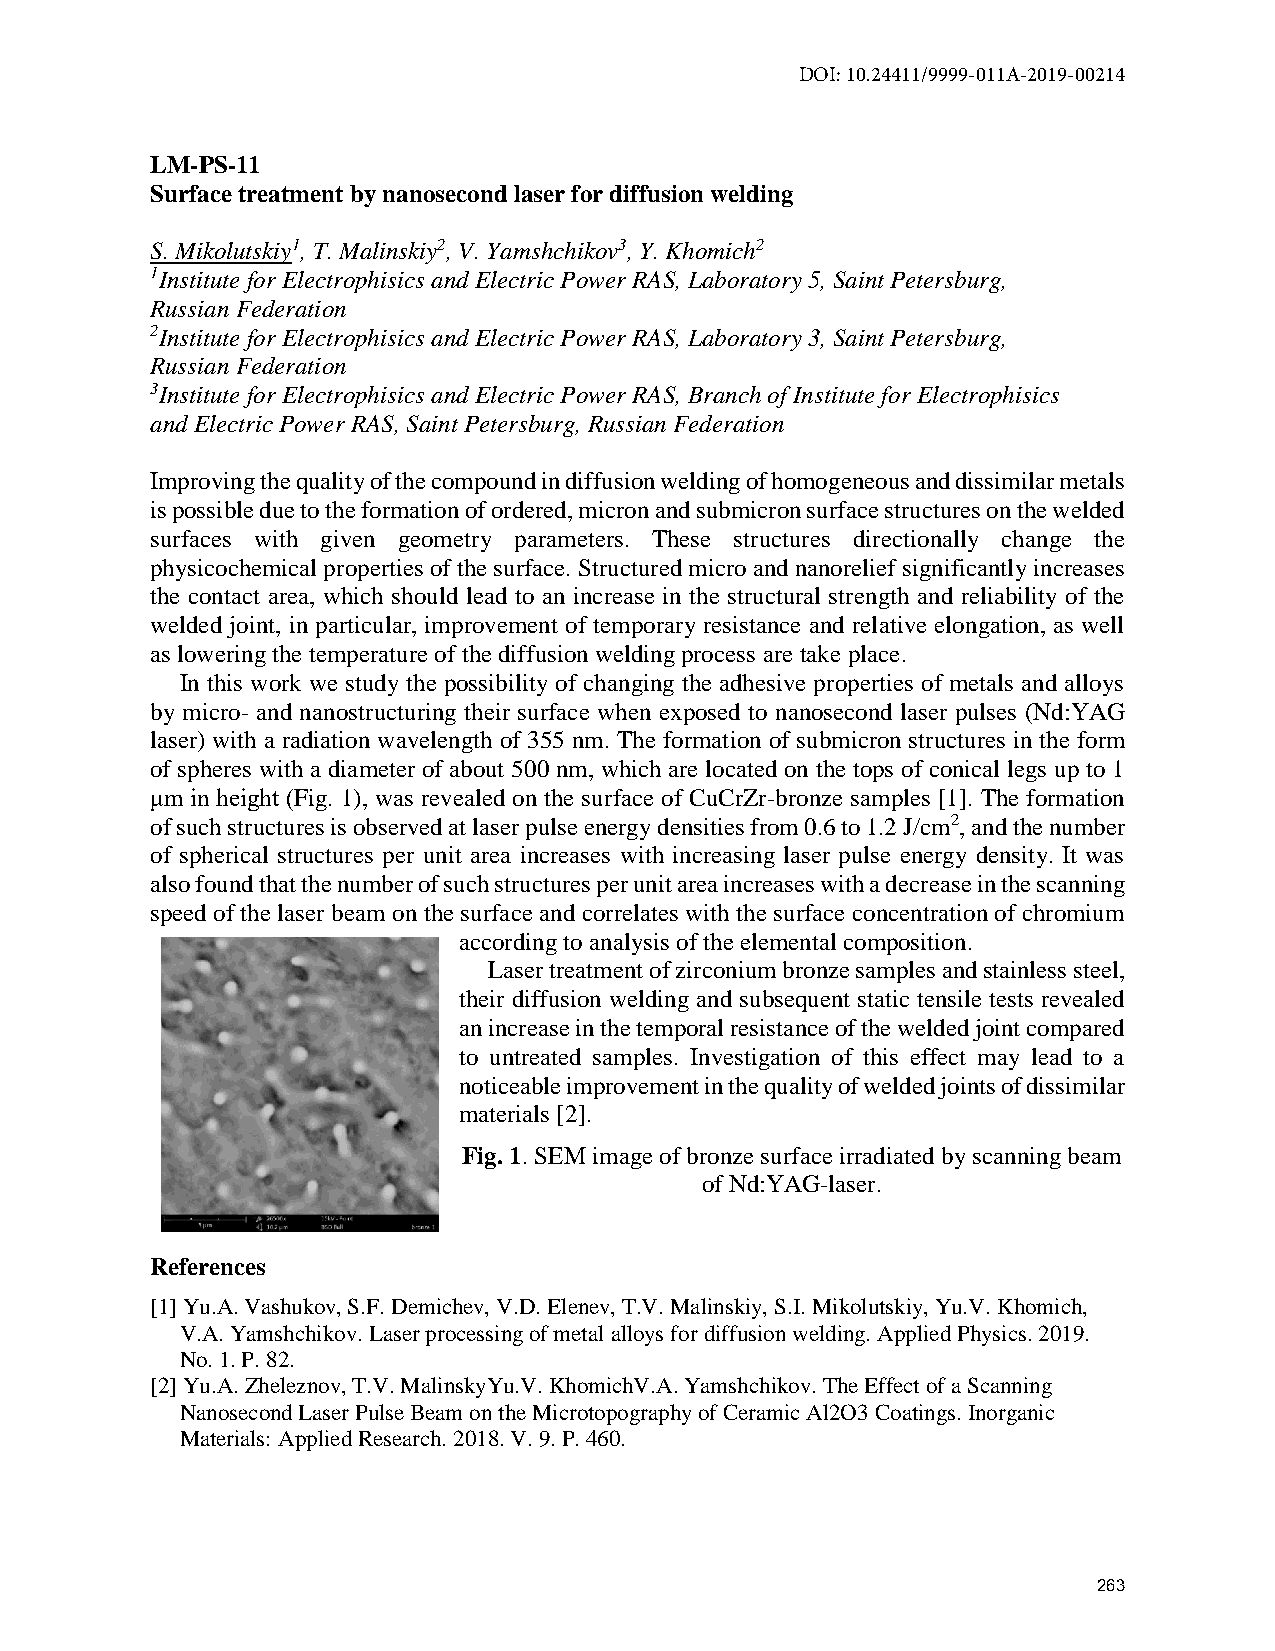
DOI: 10.24411/9999-011A-2019-00214
 LM-PS-11
 Surface treatment by nanosecond laser for diffusion welding
 S. Mikolutskiy1, T. Malinskiy2, V. Yamshchikov3, Y. Khomich2
 1Institute for Electrophisics and Electric Power RAS, Laboratory 5, Saint Petersburg,
 Russian Federation
 2Institute for Electrophisics and Electric Power RAS, Laboratory 3, Saint Petersburg,
 Russian Federation
 3Institute for Electrophisics and Electric Power RAS, Branch of Institute for Electrophisics
 and Electric Power RAS, Saint Petersburg, Russian Federation
 Improving the quality of the compound in diffusion welding of homogeneous and dissimilar metals
 is possible due to the formation of ordered, micron and submicron surface structures on the welded
 surfaces with given geometry parameters. These structures directionally change the
 physicochemical properties of the surface. Structured micro and nanorelief significantly increases
 the contact area, which should lead to an increase in the structural strength and reliability of the
 welded joint, in particular, improvement of temporary resistance and relative elongation, as well
 as lowering the temperature of the diffusion welding process are take place.
 In this work we study the possibility of changing the adhesive properties of metals and alloys
 by micro- and nanostructuring their surface when exposed to nanosecond laser pulses (Nd:YAG
 laser) with a radiation wavelength of 355 nm. The formation of submicron structures in the form
 of spheres with a diameter of about 500 nm, which are located on the tops of conical legs up to 1
 μm in height (Fig. 1), was revealed on the surface of CuCrZr-bronze samples [1]. The formation
 of such structures is observed at laser pulse energy densities from 0.6 to 1.2 J/cm2, and the number
 of spherical structures per unit area increases with increasing laser pulse energy density. It was
 also found that the number of such structures per unit area increases with a decrease in the scanning
 speed of the laser beam on the surface and correlates with the surface concentration of chromium
 according to analysis of the elemental composition.
 Laser treatment of zirconium bronze samples and stainless steel,
 their diffusion welding and subsequent static tensile tests revealed
 an increase in the temporal resistance of the welded joint compared
 to untreated samples. Investigation of this effect may lead to a
 noticeable improvement in the quality of welded joints of dissimilar
 materials [2].
 Fig. 1. SEM image of bronze surface irradiated by scanning beam
 of Nd:YAG-laser.
 References
 [1] Yu.A. Vashukov, S.F. Demichev, V.D. Elenev, T.V. Malinskiy, S.I. Mikolutskiy, Yu.V. Khomich,
 V.A. Yamshchikov. Laser processing of metal alloys for diffusion welding. Applied Physics. 2019.
 No. 1. P. 82.
 [2] Yu.A. Zheleznov, T.V. MalinskyYu.V. KhomichV.A. Yamshchikov. The Effect of a Scanning
 Nanosecond Laser Pulse Beam on the Microtopography of Ceramic Al2O3 Coatings. Inorganic
 Materials: Applied Research. 2018. V. 9. P. 460.
 263